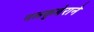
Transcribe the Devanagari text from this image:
नलकुबेराने